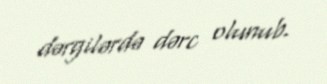
dərgilərdə dərc olunub.